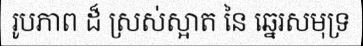
រូបភាព ដ៏ ស្រស់ស្អាត នៃ ឆ្នេរសមុទ្រ